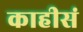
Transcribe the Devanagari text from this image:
काहीसं